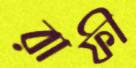
রাফী